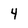
Character: 4